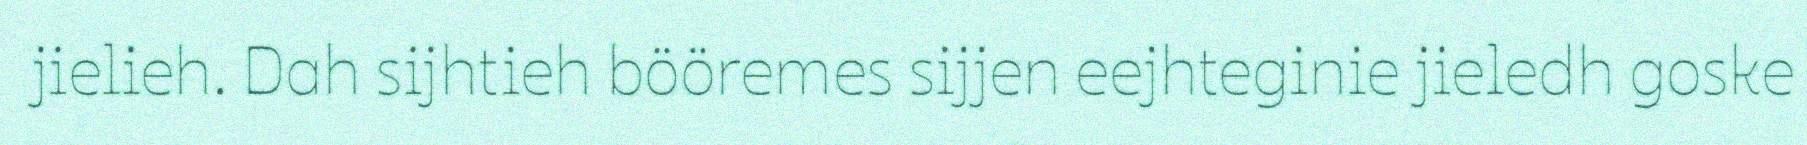
jielieh. Dah sijhtieh bööremes sijjen eejhteginie jieledh goske